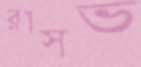
রাসভ